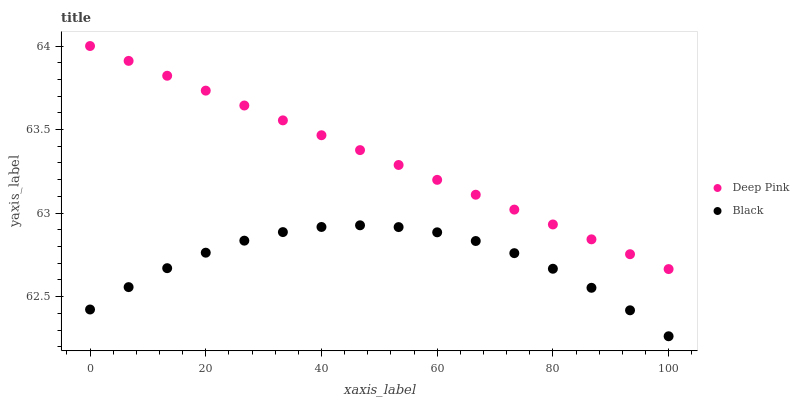
| xaxis_label | Deep Pink | Black |
 | --- | --- | --- |
 | 0 | 64 | 62.4 |
 | 6.67 | 63.9 | 62.6 |
 | 13.3 | 63.8 | 62.7 |
 | 20 | 63.7 | 62.8 |
 | 26.7 | 63.6 | 62.8 |
 | 33.3 | 63.6 | 62.9 |
 | 40 | 63.5 | 62.9 |
 | 46.7 | 63.4 | 62.9 |
 | 53.3 | 63.3 | 62.9 |
 | 60 | 63.2 | 62.9 |
 | 66.7 | 63.1 | 62.8 |
 | 73.3 | 63 | 62.8 |
 | 80 | 62.9 | 62.7 |
 | 86.7 | 62.8 | 62.6 |
 | 93.3 | 62.8 | 62.4 |
 | 100 | 62.7 | 62.3 |